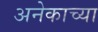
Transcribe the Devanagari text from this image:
अनेकाच्या